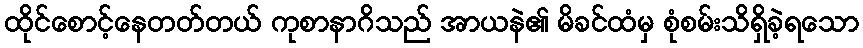
ထိုင်စောင့်နေတတ်တယ် ကုစာနာဂိသည် အာယနဲ၏ မိခင်ထံမှ စုံစမ်းသိရှိခဲ့ရသော